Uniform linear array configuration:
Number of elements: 48
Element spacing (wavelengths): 0.5
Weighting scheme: hamming
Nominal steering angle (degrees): -30
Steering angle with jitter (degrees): -28.696
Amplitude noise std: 0.05
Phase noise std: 0.05

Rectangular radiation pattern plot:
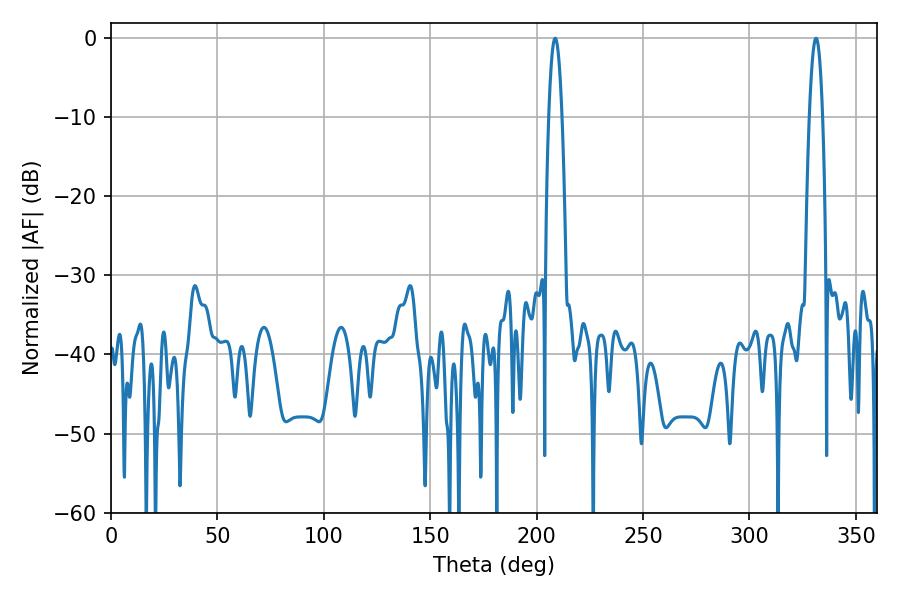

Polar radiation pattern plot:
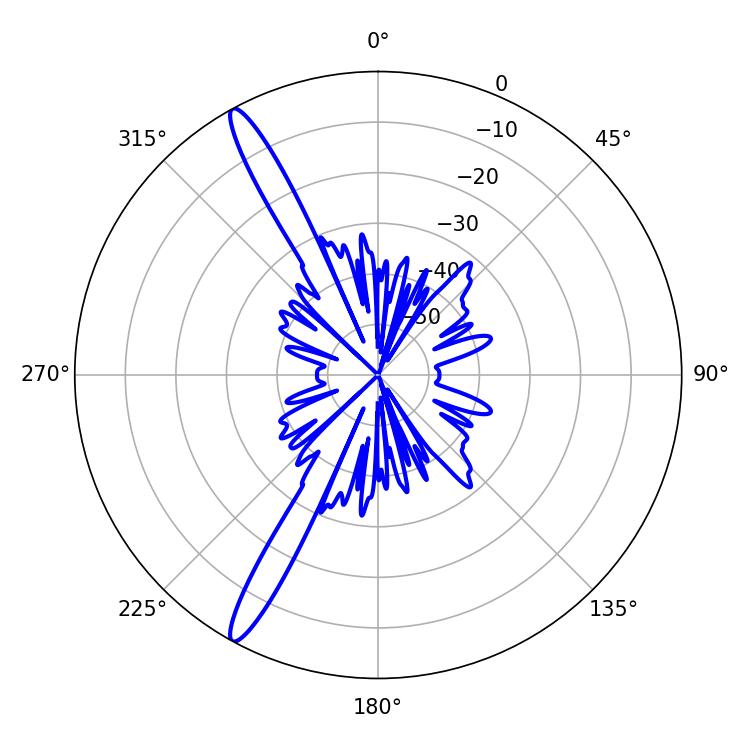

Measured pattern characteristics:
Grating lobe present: FALSE
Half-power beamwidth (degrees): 3.42
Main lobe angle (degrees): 331.38